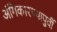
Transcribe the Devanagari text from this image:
अंगिकारण्यापुर्वी